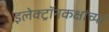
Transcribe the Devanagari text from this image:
इलेक्ट्रॉनकक्षांच्या